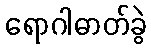
ရောဂါဓာတ်ခွဲ